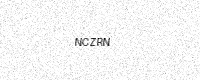
Text: NCZRN